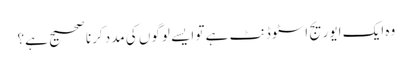
وہ ایک ایوریج اسٹوڈنٹ ہے تو ایسے لوگوں کی مدد کرنا صحیح ہے؟